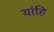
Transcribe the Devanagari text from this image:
यांहि